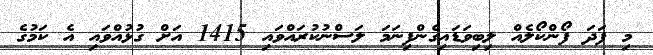
މި ފަދަ ފޯންކޯލެއް ލިބިވަޑައިގެންފިނަމަ ލަސްނުކުރައްވައި 1415 އަށް ގުޅުއްވައި އެ ކަމުގެ